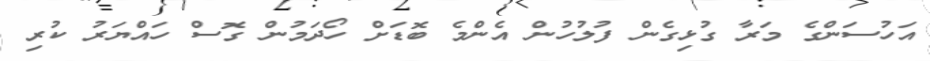
އަހުސަންގެ މަރާ ގުޅިގެން ފުލުހުން އެންމެ ބޮޑަށް ހޯދަމުން ގޮސް ހައްޔަރު ކުރި